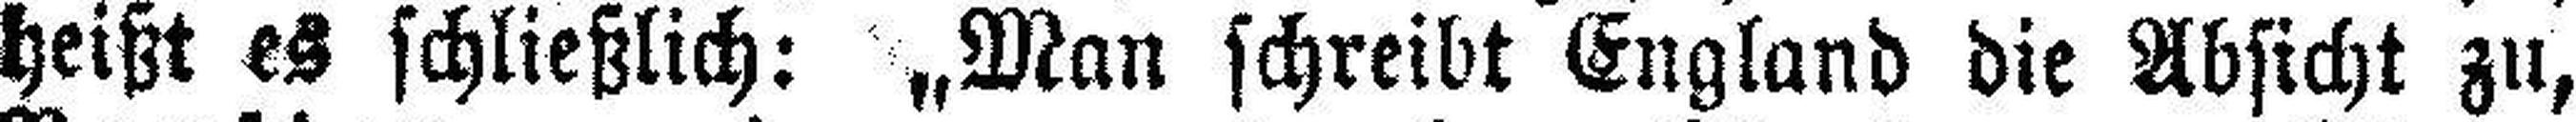
heißt es schließlich: „Man schreibt England die Absicht zu,